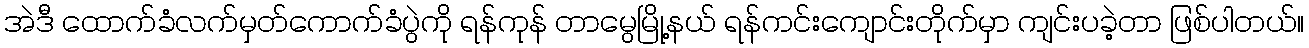
အဲဒီ ထောက်ခံလက်မှတ်ကောက်ခံပွဲကို ရန်ကုန် တာမွေမြို့နယ် ရန်ကင်းကျောင်းတိုက်မှာ ကျင်းပခဲ့တာ ဖြစ်ပါတယ်။